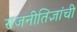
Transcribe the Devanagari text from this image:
राजनीतिज्ञांची